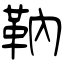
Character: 靹